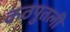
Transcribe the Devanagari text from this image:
कठपुतली